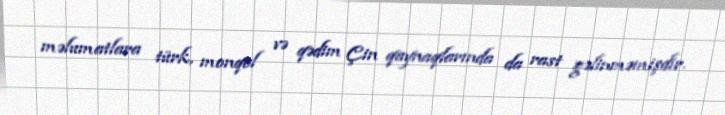
məlumatlara türk, monqol və qədim Çin qaynaqlarında da rast gəlinməmişdir.